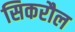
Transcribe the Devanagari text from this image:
सिकरौल